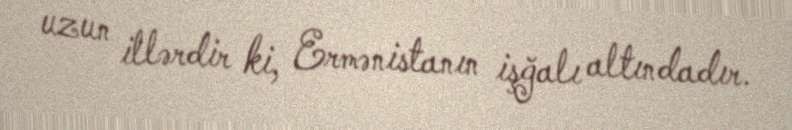
uzun illərdir ki, Ermənistanın işğalı altındadır.